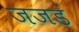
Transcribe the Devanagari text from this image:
जजडं